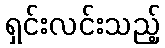
ရှင်းလင်းသည့်